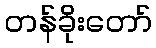
တန်ခိုးတော်